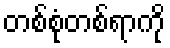
တစ်စုံတစ်ရာကို